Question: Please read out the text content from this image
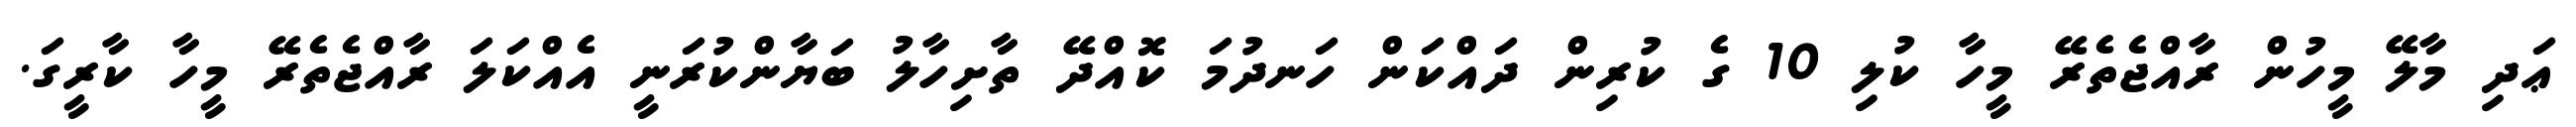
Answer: ޢަދި މާލޭ މީހުން ރާއްޖެތެރޭ މީހާ ކުލި 10 ގެ ކުރިން ދައްކަން ހަނދުމަ ކޮއްދޭ ތާށިހާލު ބަޔާންކުރަނީ އެއްކަލަ ރާއްޖެތެރޭ މީހާ ކާރީގަ.